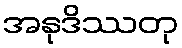
အနုဒိဿတု